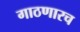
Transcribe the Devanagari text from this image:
गाठणारच